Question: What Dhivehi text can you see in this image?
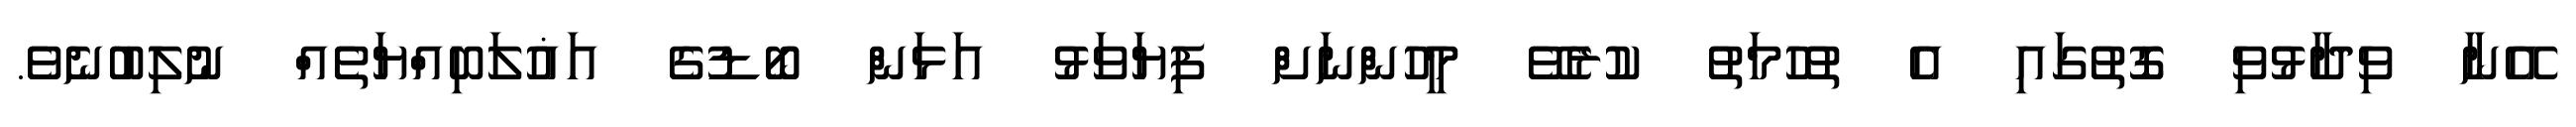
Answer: އޭނާ ވިދާޅުވި ގޮތުގައި އެ ތުހުމަތު ކުރެވޭ މީހުންނަށް ފިޔަވަޅު އަޅަން ބޯޑުގެ އަޣުލަބިއްޔަތެއް ނުލިބުނެވެ.